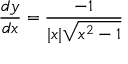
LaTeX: { \frac { d y } { d x } } = { \frac { - 1 } { | x | { \sqrt { x ^ { 2 } - 1 } } } }